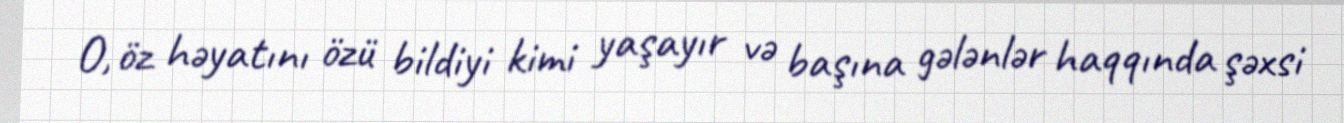
O, öz həyatını özü bildiyi kimi yaşayır və başına gələnlər haqqında şəxsi